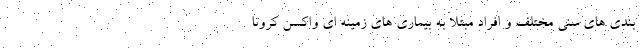
بندی های سنی مختلف و افراد مبتلا به بیماری های زمینه ای واکسن کرونا